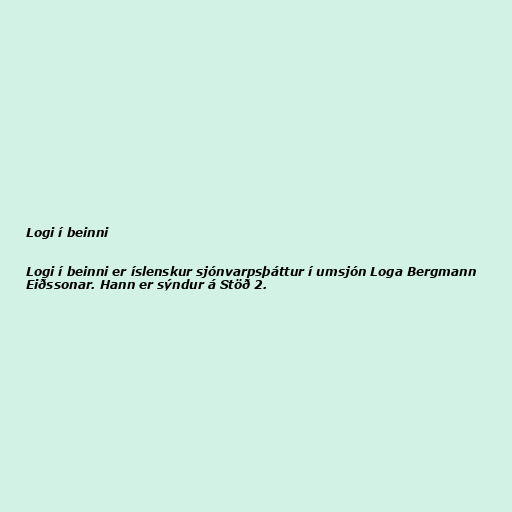
Logi í beinni

Logi í beinni er íslenskur sjónvarpsþáttur í umsjón Loga Bergmann
Eiðssonar. Hann er sýndur á Stöð 2.